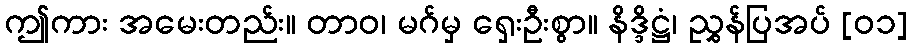
ဤကား အမေးတည်း။ တာဝ၊ မဂ်မှ ရှေးဦးစွာ။ နိဒ္ဒိဋ္ဌံ၊ ညွှန်ပြအပ် [၀၁]